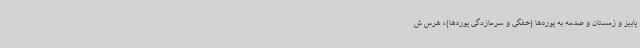
پاییز و زمستان و صدمه به پوره‌ها (خفگی و سرمازدگی پوره‌ها)، هرس ش